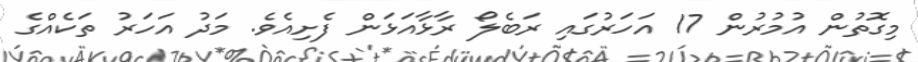
މިގޮތުން އުމުރުން 17 އަހަރުގައި ރަބެލޯ ރާޅާއަޅަން ފެށިއެވެ. މަދު އަހަރު ތަކެއްގެ